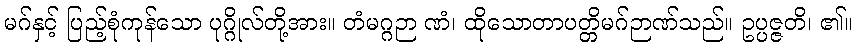
မဂ်နှင့် ပြည့်စုံကုန်သော ပုဂ္ဂိုလ်တို့အား။ တံမဂ္ဂဉာ ဏံ၊ ထိုသောတာပတ္တိမဂ်ဉာဏ်သည်။ ဥပ္ပဇ္ဇတိ၊ ၏။